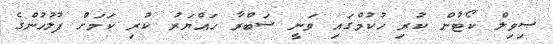
ސިވިލް ކޯޓުން ކުރި ހުކުމްގައި ވަނީ ސަބްރާ ހައްޔަރު ކުރި ކަމަށް ފުލުހުންގެ